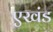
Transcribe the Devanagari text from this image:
एखंड